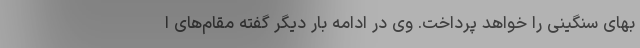
بهای سنگینی را خواهد پرداخت. وی در ادامه بار دیگر گفته مقام‌های ا